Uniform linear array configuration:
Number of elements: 4
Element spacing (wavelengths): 0.75
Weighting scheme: uniform
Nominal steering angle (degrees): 30
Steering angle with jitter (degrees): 31.573
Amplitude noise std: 0.05
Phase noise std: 0.05

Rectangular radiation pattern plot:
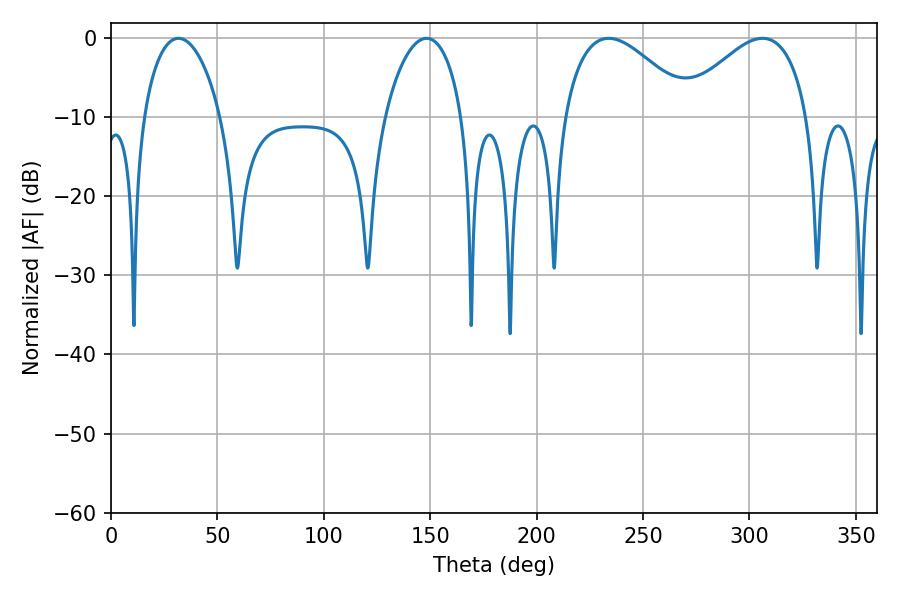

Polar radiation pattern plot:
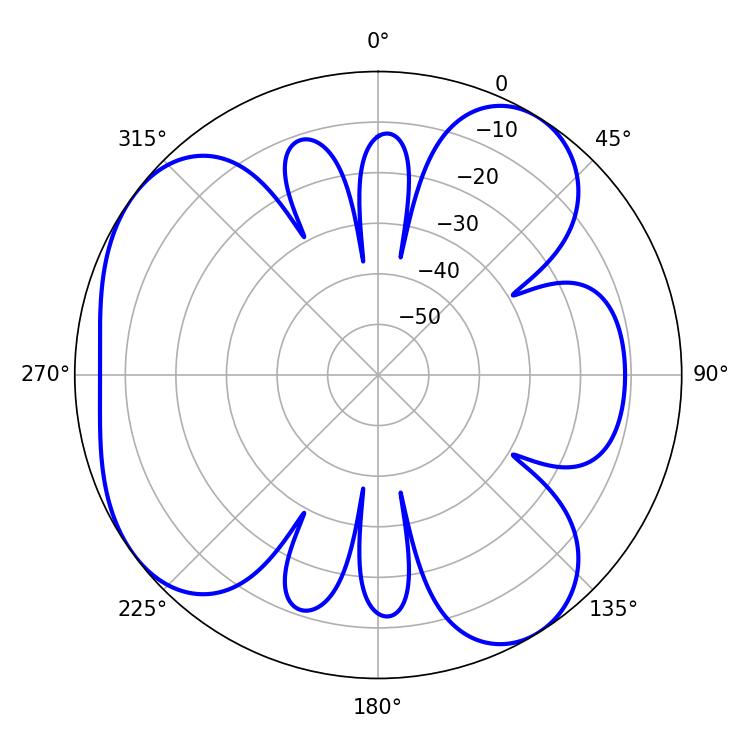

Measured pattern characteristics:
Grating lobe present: TRUE
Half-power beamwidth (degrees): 32.76
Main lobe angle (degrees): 306.18